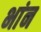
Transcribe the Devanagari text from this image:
भांन